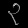
Digit: ၃